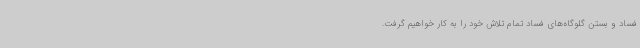
فساد و بستن گلوگاه‌های فساد تمام تلاش خود را به کار خواهیم گرفت.